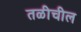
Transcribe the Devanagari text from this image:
तळीचील